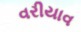
વરીયાવ